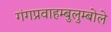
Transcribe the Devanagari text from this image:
गंगप्रवाहम्बुलुम्बोले